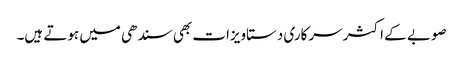
صوبے کے اکثر سرکاری دستاویزات بھی سندھی میں ہوتے ہیں۔